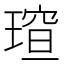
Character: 𪼍